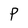
Character: P